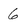
Character: 6